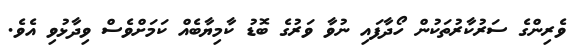
ވެރިންގެ ސަރުކާރުތަކުން ހޯދާފައި ނުވާ ވަރުގެ ބޮޑު ކާމިޔާބެއް ކަމަށްވެސް ވިދާޅުވި އެވެ.